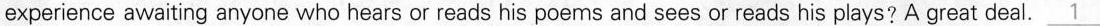
experience awaiting anyone who hears or reads his poems and sees or reads his plays? great deal. \underline{1}